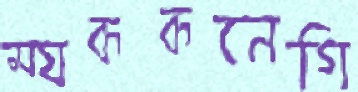
ম্যককনেগি